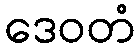
ဒေဝတံ